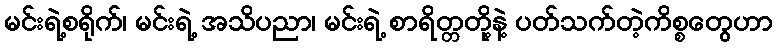
မင်းရဲ့စရိုက်၊ မင်းရဲ့ အသိပညာ၊ မင်းရဲ့ စာရိတ္တတို့နဲ့ ပတ်သက်တဲ့ကိစ္စတွေဟာ